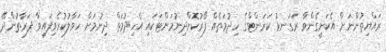
ރައްޔިތުންނަށް އެކަށީގެންވާ ރަގަނޅު ކަރަންޓްގެ ހިދުމަތެއް ފޯރުކޮށްދިނުމަށްޓަކައި އެހިދުމަތް ދިނުމަށް ހަވާލުކުރެވިފައިވާ ފަރާތުންދޭ